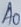
Text: A0